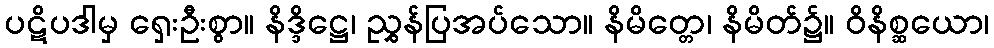
ပဋိပဒါမှ ရှေးဦးစွာ။ နိဒ္ဒိဋ္ဌေ၊ ညွှန်ပြအပ်သော။ နိမိတ္တေ၊ နိမိတ်၌။ ဝိနိစ္ဆယော၊